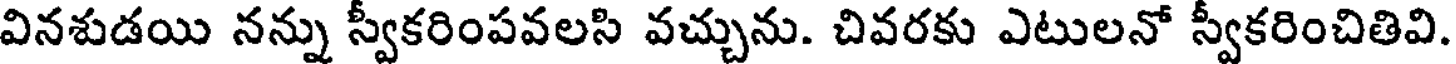
వినశుడయి నన్ను స్వకరింపవలసి వచ్చును. చివరకు ఎటులనో స్వకరించితివి.